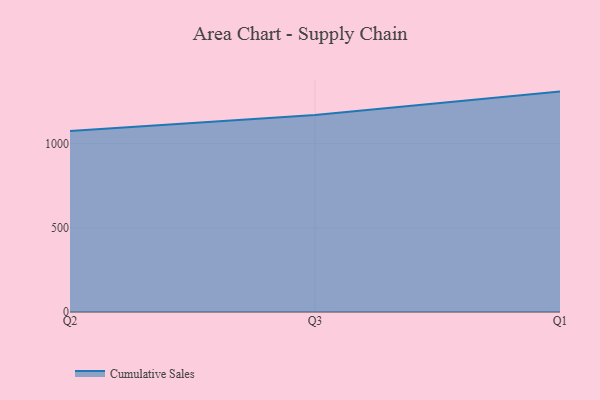
{"axis": {"x": "Quarter", "y": "Energy Usage (MWh)"}, "legend": ["Cumulative Sales"], "data": [{"x": "Q2", "y": 1075.8, "type": "Cumulative Sales"}, {"x": "Q3", "y": 1170.4, "type": "Cumulative Sales"}, {"x": "Q1", "y": 1309.8, "type": "Cumulative Sales"}]}